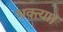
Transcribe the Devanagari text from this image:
भक्त्या।